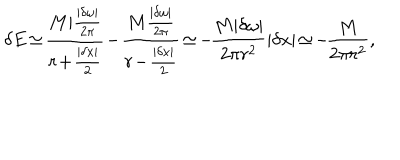
\delta E \! \simeq \! { \frac { M | { \frac { | \delta \omega | } { 2 \pi } } } { r \! + \! { \frac { | \delta x | } { 2 } } } } \! - \! { \frac { M { \frac { | \delta \omega | } { 2 \pi } } } { r \! - \! { \frac { | \delta x | } { 2 } } } } \! \simeq \! - \! { \frac { M | \delta \omega | } { 2 \pi r ^ { 2 } } } | \delta x | \! \simeq \! - \! { \frac { M } { 2 \pi r ^ { 2 } } } ,